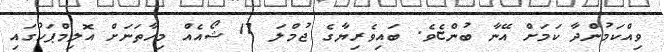
ވިއްކަމުންދާ ކަމަށް އޭނާ ބުންޏެވެ. ބައިވެރިޔާގެ ޖުމްލަ 17 ޝޯއެއް މިހާތަނަށް އޮލިމްޕަހުގައި